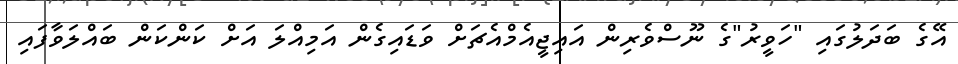
އޭގެ ބަދަލުގައި "ހަވީރު"ގެ ނޫސްވެރިން އައިޖީއެމްއެޗަށް ވަޑައިގެން އަމިއްލަ އަށް ކަންކަން ބައްލަވާފައި